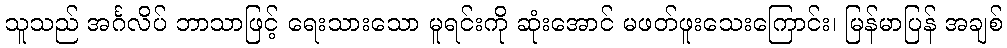
သူသည် အင်္ဂလိပ် ဘာသာဖြင့် ရေးသားသော မူရင်းကို ဆုံးအောင် မဖတ်ဖူးသေးကြောင်း၊ မြန်မာပြန် အချစ်